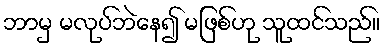
ဘာမှ မလုပ်ဘဲနေ၍ မဖြစ်ဟု သူထင်သည်။